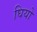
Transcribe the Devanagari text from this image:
घियो